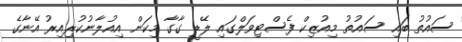
ސައުތު ބައި ސައުތު މިއުޒިކް ފެސްޓިވަލްގައި ލޭޑީ ގާގާ މިކަން އިއުލާނުކުރިއިރު އޭނާގެ